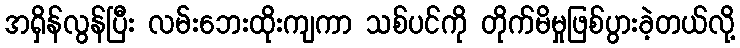
အရှိန်လွန်ပြီး လမ်းဘေးထိုးကျကာ သစ်ပင်ကို တိုက်မိမှုဖြစ်ပွားခဲ့တယ်လို့